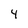
Character: 4